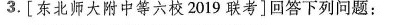
3.[东北师大附中等六校2019联考]回答下列问题：